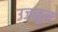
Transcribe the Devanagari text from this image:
उजळुन